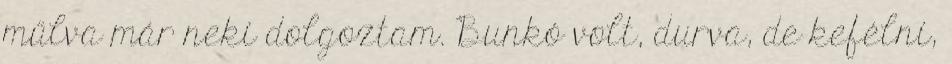
műlva már neki dolgoztam. Bunkó volt, durva, de kefélni,